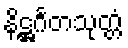
နိဋ္ဌင်္ဂတသုတ္တံ